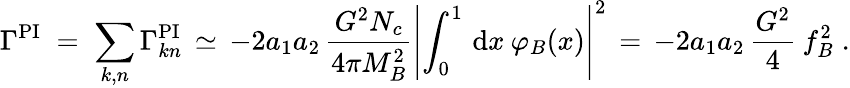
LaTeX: \Gamma^{\mathrm{PI}}\; =\; \sum_{k,n}\Gamma_{kn}^{\mathrm{PI}}\, \simeq\, -2a_{1}a_{2}\, \frac{G^{2}N_{c}}{4\pi M_{B}^{2}}\left|\int_{0}^{1}\, \mathrm{d}x\: \varphi_{B}(x)\right|^{2}\, =\, -2a_{1}a_{2}\, \frac{G^{2}}{4}\: f_{B}^{2}\; .